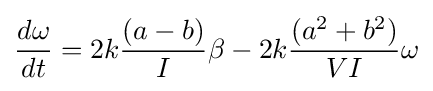
{\frac {d\omega }{dt}}=2k{\frac {(a-b)}{I}}\beta -2k{\frac {(a^{2}+b^{2})}{VI}}\omega